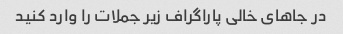
در جاهای خالی پاراگراف زیر جملات را وارد کنید